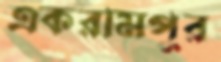
একরামপুর